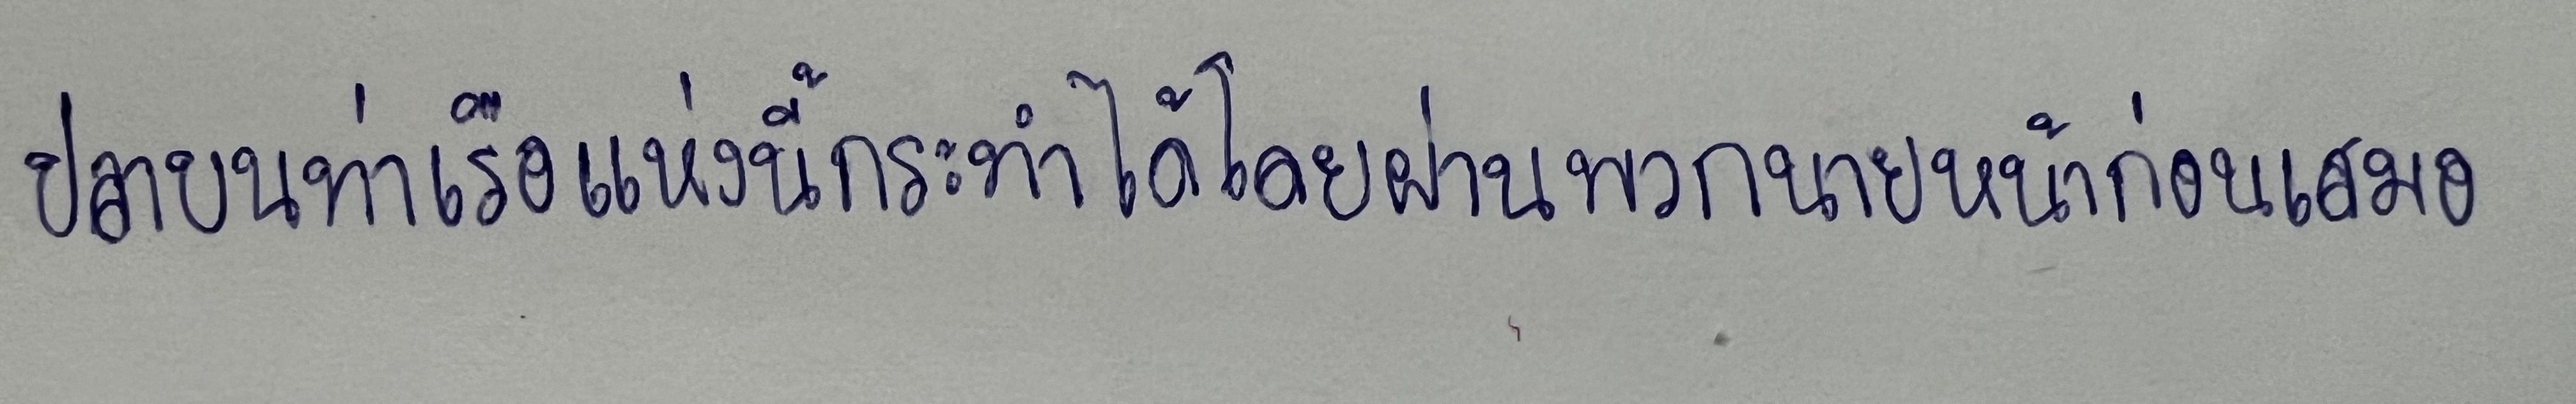
ปลาบนท่าเรือแห่งนี้กระทำได้โดยผ่านพวกนายหน้าก่อนเสมอ